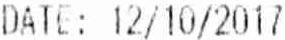
DATE: 12/10/2017